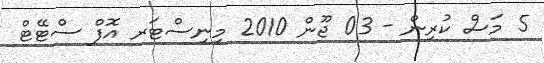
5 މަސް ކުރިން - 03 ޖޫން 2010 މިނިސްޓަރ އޮފް ސްޓޭޓް